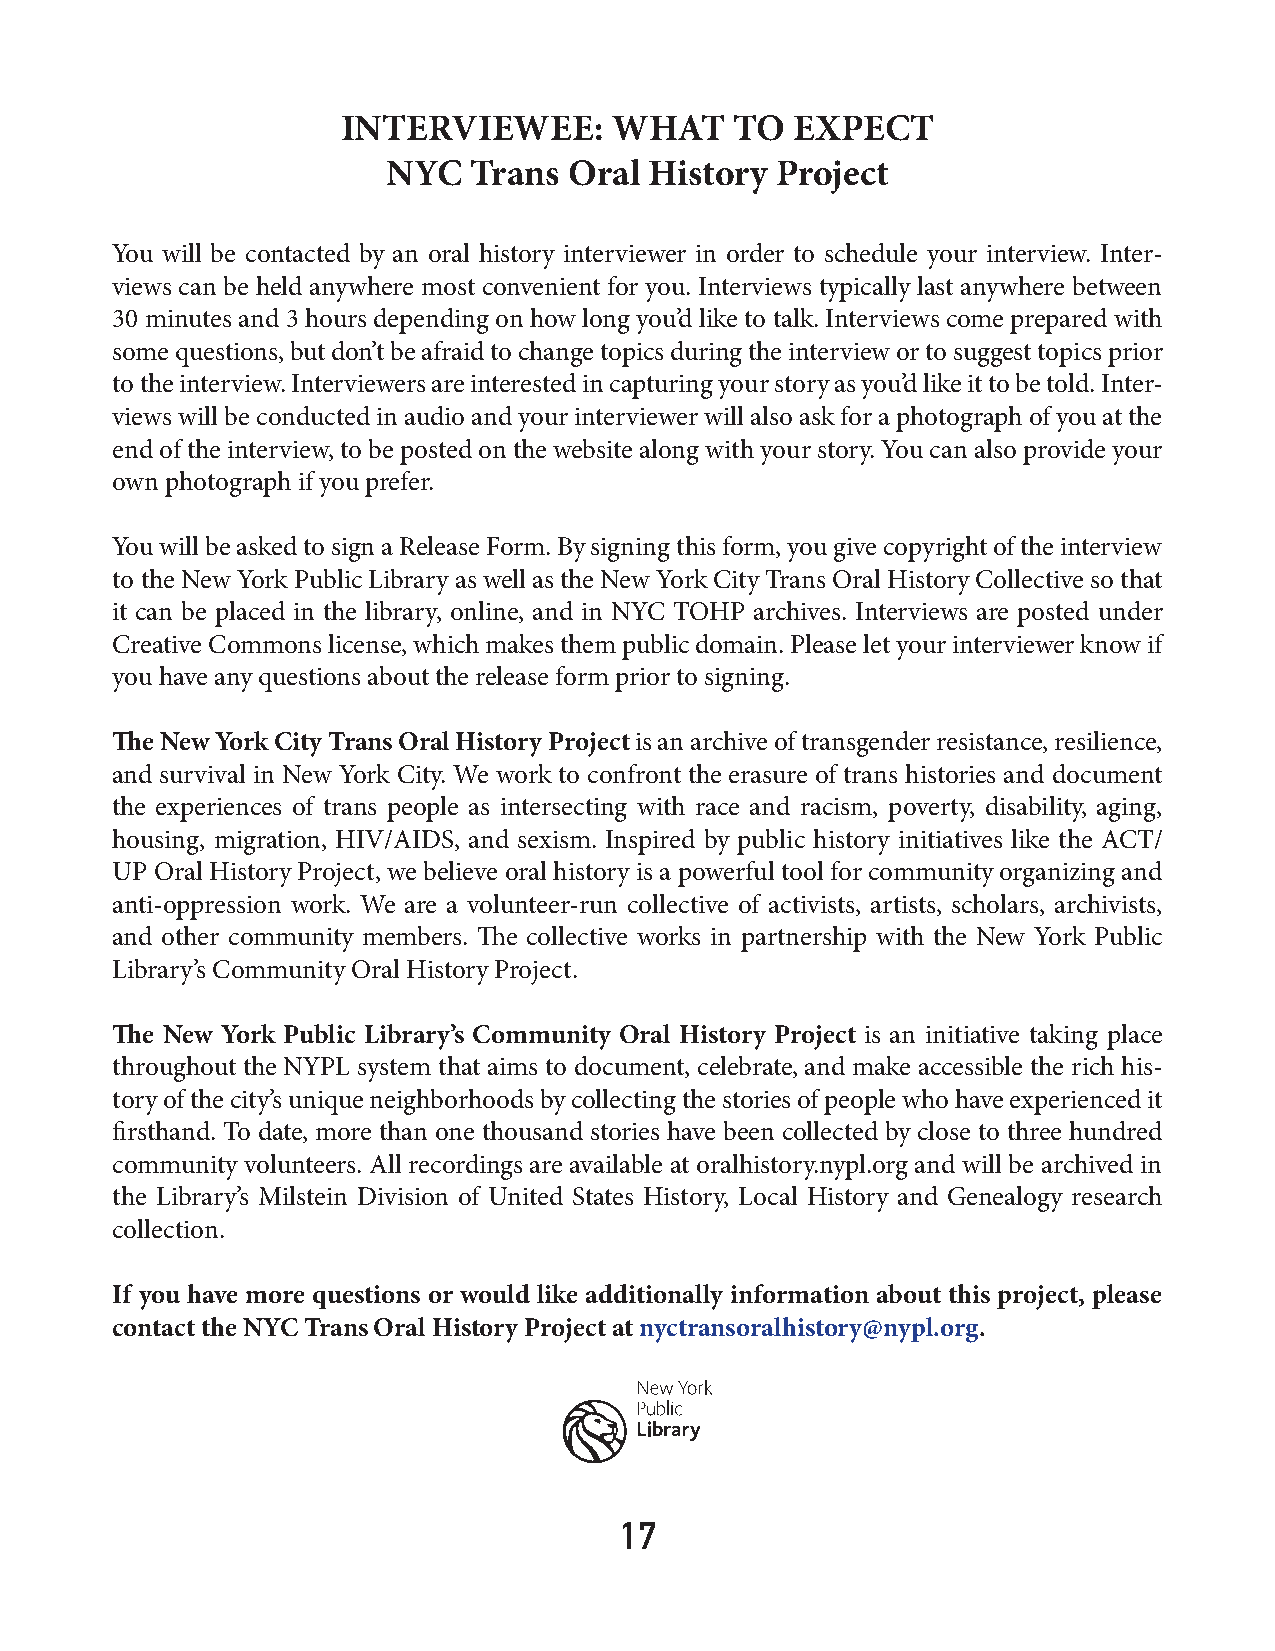
INTERVIEWEE:      WHAT    TO EXPECT
 NYC  Trans  Oral History Project
 You will be contacted by an oral history interviewer in order to schedule your interview. Inter-
 views can be held anywhere most convenient for you. Interviews typically last anywhere between
 30 minutes and 3 hours depending on how long you’d like to talk. Interviews come prepared with
 some questions, but don’t be afraid to change topics during the interview or to suggest topics prior
 to the interview. Interviewers are interested in capturing your story as you’d like it to be told. Inter-
 views will be conducted in audio and your interviewer will also ask for a photograph of you at the
 end of the interview, to be posted on the website along with your story. You can also provide your
 own photograph if you prefer.
 You will be asked to sign a Release Form. By signing this form, you give copyright of the interview
 to the New York Public Library as well as the New York City Trans Oral History Collective so that
 it can be placed in the library, online, and in NYC TOHP archives. Interviews are posted under
 Creative Commons license, which makes them public domain. Please let your interviewer know if
 you have any questions about the release form prior to signing.
 The New York City Trans Oral History Project is an archive of transgender resistance, resilience,
 and survival in New York City. We work to confront the erasure of trans histories and document
 the experiences of trans people as intersecting with race and racism, poverty, disability, aging,
 housing, migration, HIV/AIDS, and sexism. Inspired by public history initiatives like the ACT/
 UP Oral History Project, we believe oral history is a powerful tool for community organizing and
 anti-oppression work. We are a volunteer-run collective of activists, artists, scholars, archivists,
 and other community members. The collective works in partnership with the New York Public
 Library’s Community Oral History Project.
 The New York Public Library’s Community Oral History Project is an initiative taking place
 throughout the NYPL system that aims to document, celebrate, and make accessible the rich his-
 tory of the city’s unique neighborhoods by collecting the stories of people who have experienced it
 firsthand. To date, more than one thousand stories have been collected by close to three hundred
 community volunteers. All recordings are available at oralhistory.nypl.org and will be archived in
 the Library’s Milstein Division of United States History, Local History and Genealogy research
 collection.
 If you have more questions or would like additionally information about this project, please
 contact the NYC Trans Oral History Project at nyctransoralhistory@nypl.org.
 17